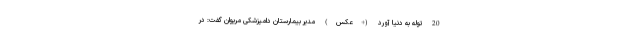
20 توله به دنیا آورد (+عکس) مدیر بیمارستان دامپزشکی مریوان گفت: در